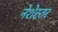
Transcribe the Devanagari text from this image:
नेशेस्तर